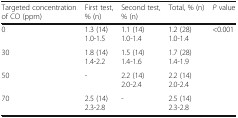
| Targeted concentration of CO (ppm) | First test, % (n) | Second test, % (n) | Total, % (n) | P value |
 | --- | --- | --- | --- | --- |
 | 0 | 1.3 (14)1.0-1.5 | 1.1 (14)1.0-1.4 | 1.2 (28)1.0-1.4 | <ROWSPAN=4> <0.001 |
 | 30 | 1.8 (14)1.4-2.2 | 1.5 (14)1.4-1.6 | 1.7 (28)1.4-1.9 |
 | 50 | - | 2.2 (14)2.0-2.4 | 2.2 (14)2.0-2.4 |
 | 70 | 2.5 (14)2.3-2.8 | - | 2.5 (14)2.3-2.8 |